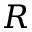
R